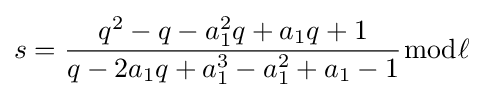
s={\dfrac {q^{2}-q-a_{1}^{2}q+a_{1}q+1}{q-2a_{1}q+a_{1}^{3}-a_{1}^{2}+a_{1}-1}}{\bmod {\ell }}